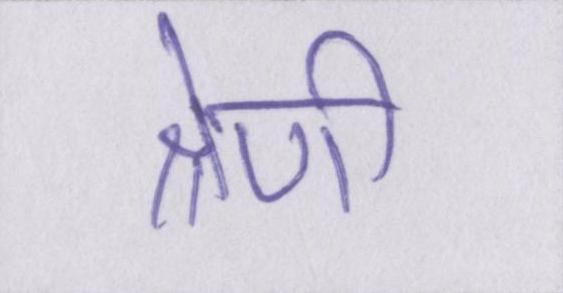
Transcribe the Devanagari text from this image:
श्रेणी